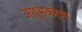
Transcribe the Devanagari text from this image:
अशुभकर्मा